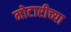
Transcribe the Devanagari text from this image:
मोटारीच्या